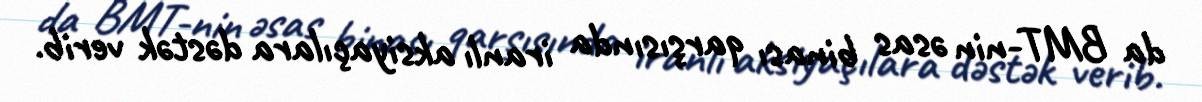
da BMT-nin əsas binası qarşısında iranlı aksiyaçılara dəstək verib.